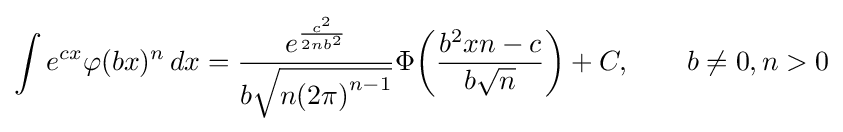
\int e^{cx}\varphi (bx)^{n}\,dx={\frac {e^{\frac {c^{2}}{2nb^{2}}}}{b{\sqrt {n{\left(2\pi \right)}^{n-1}}}}}\Phi {\left({\frac {b^{2}xn-c}{b{\sqrt {n}}}}\right)}+C,\qquad b\neq 0,n>0